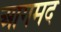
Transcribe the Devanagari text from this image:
आगमद